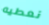
نعطيه